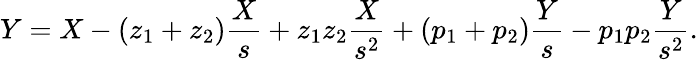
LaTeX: Y=X-(z_{1}+z_{2}){\frac{X}{s}}+z_{1}z_{2}{\frac{X}{s^{2}}}+(p_{1}+p_{2}){\frac{Y}{s}}-p_{1}p_{2}{\frac{Y}{s^{2}}}.